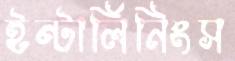
ইন্টার্লিনিংস